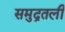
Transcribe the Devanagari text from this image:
समुद्रतली